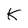
Character: K